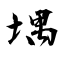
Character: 堣